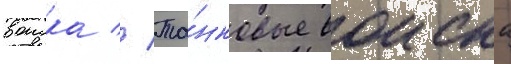
воиска // Та́нковые воиска